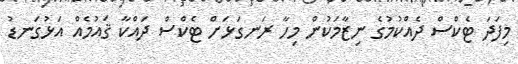
މިފަދަ ޓެކްސް ދެއްކުމުގެ ނިޒާމަކުން މިހާ ރަނގަޅަށް ޓެކްސް ދައްކާ ޤައުމެއް އަޅުގަނޑު